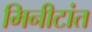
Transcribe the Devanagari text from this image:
मिनीटांत